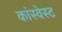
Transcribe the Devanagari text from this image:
कांस्वेस्ट